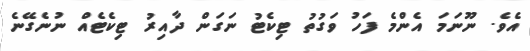
އެވެ. ނޫނަމަ އެންމެ ފަހު ވަގުތު ޓިކެޓު ނަގަން ދާއިރު ޓިކެޓެއް ނުނެގޭނެ